Document type: Grant
Year: 1445
Scribe: Antoni Gomar
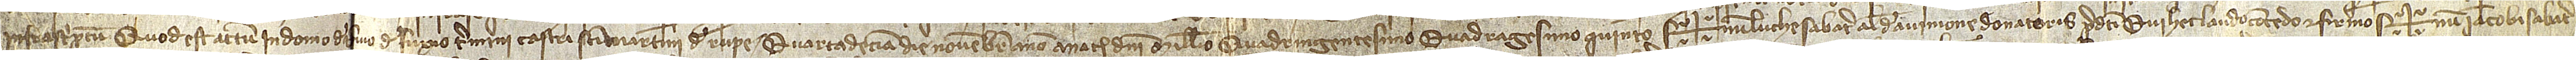
infrascriptum. Quod est actum in domo de Rivo de Fuxio, termini castri Sancti Martini de Rupe, quartadecima die novembris, anno a Nativitate Domini millesimo quadringentesimo quadragesimo quinto. Sig+num mei Luche Sabater, alias de Avinione, donatoris predicti, qui hec laudo, concedo et firmo. Sig+num Iacobi Sabater,